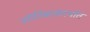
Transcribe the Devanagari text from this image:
ज्योतिबासंदर्भात